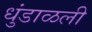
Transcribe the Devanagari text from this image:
धुंडाळली